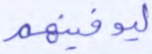
ليوفينهم